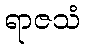
ရာဇသံ